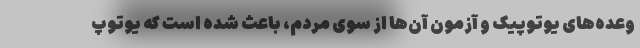
وعده‌های یوتوپیک و آزمون آن‌ها از سوی مردم، باعث شده است که یوتوپ